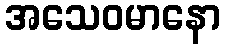
အသေဝမာနော